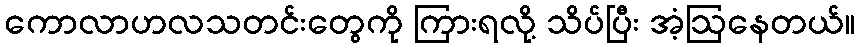
ကောလာဟလသတင်းတွေကို ကြားရလို့ သိပ်ပြီး အံ့ဩနေတယ်။